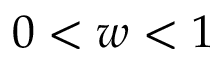
0 < w < 1